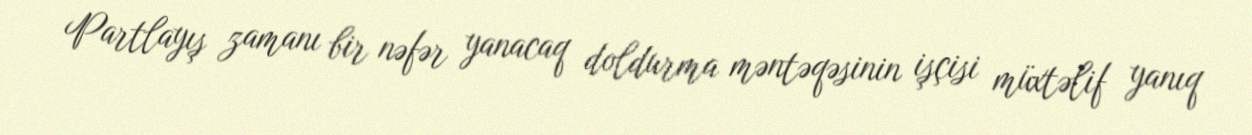
Partlayış zamanı bir nəfər yanacaq doldurma məntəqəsinin işçisi müxtəlif yanıq